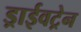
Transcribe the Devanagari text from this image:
ड्राईवट्रेन